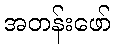
အတန်းဖော်